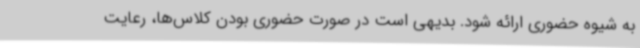
به شیوه حضوری ارائه شود. بدیهی است در صورت حضوری بودن کلاس‌ها، رعایت